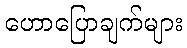
ဟောပြောချက်များ